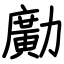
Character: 𠢹